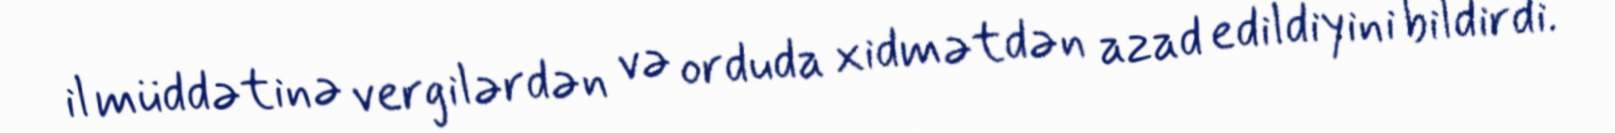
il müddətinə vergilərdən və orduda xidmətdən azad edildiyini bildirdi.